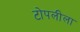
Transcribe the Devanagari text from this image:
टोपलीला